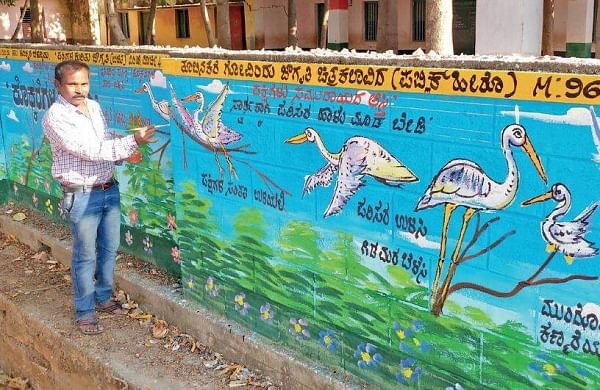
Language: kannada
Transcription: ಗೋವಿಂದು ಚಿತ್ರಕಲಾವಿದ ಬೇ ಡಿ ತೂಬಿನಕೆರೆ ಜಾಗೃತಿ ಪಬ್ಲಿಕ್